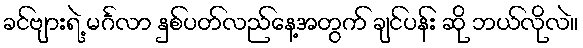
ခင်ဗျားရဲ့ မင်္ဂလာ နှစ်ပတ်လည်နေ့အတွက် ချင်ပန်း ဆို ဘယ်လိုလဲ။